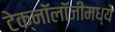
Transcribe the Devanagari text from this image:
टेक्‍नॉलॉजीमध्ये